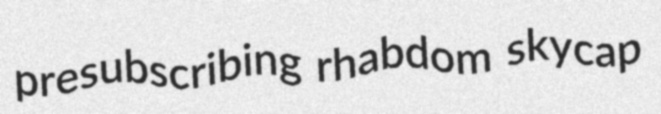
presubscribing rhabdom skycap